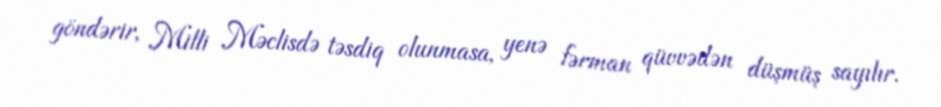
göndərir, Milli Məclisdə təsdiq olunmasa, yenə fərman qüvvədən düşmüş sayılır.